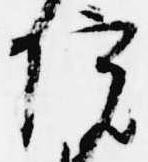
院